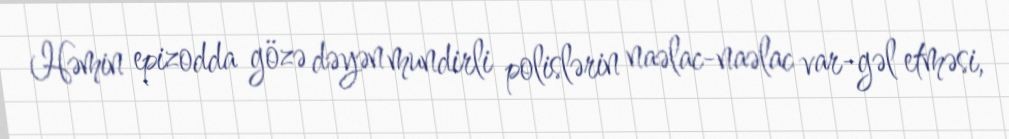
Həmin epizodda gözə dəyən mundirli polislərin naəlac-naəlac var-gəl etməsi,